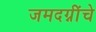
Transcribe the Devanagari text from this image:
जमदग्नींचे